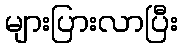
များပြားလာပြီး